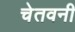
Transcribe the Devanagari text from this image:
चेतवनी